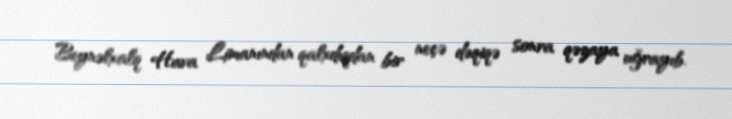
Beynəlxalq Hava Limanından qalxdıqdan bir neçə dəqiqə sonra qəzaya uğrayıb.